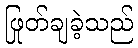
ဖြုတ်ချခဲ့သည်